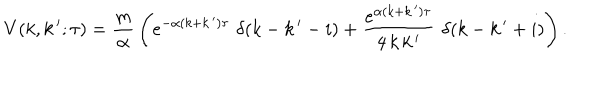
LaTeX: V ( k , k \, ^ { \prime } ; \tau ) = \frac { m } { \alpha } \, \left( e ^ { - \alpha ( k + k \, ^ { \prime } ) \tau } \, \, \delta ( k - k \, ^ { \prime } - i ) + \frac { e ^ { \alpha ( k + k \, ^ { \prime } ) \tau } } { 4 \, k \, k \, ^ { \prime } } \, \, \delta ( k - k \, ^ { \prime } + i ) \right) .